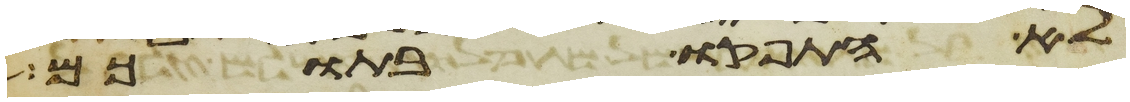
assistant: לא התפקדו בתוכם